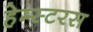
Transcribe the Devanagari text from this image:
हेम्स्टरस